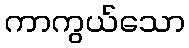
ကာကွယ်သော